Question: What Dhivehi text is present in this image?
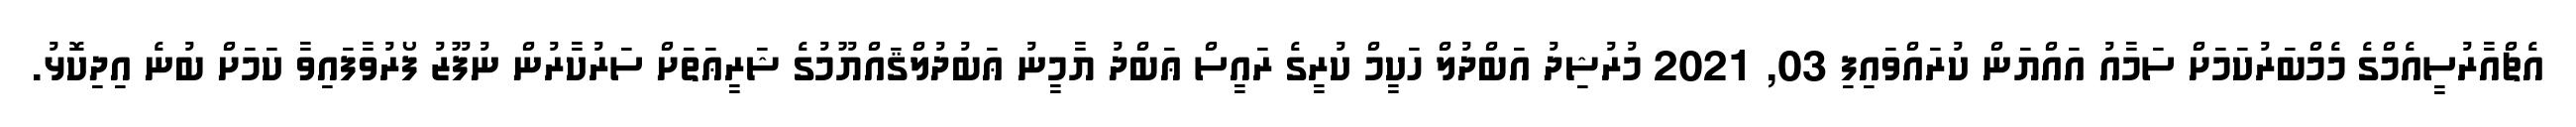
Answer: އެޗްއާރުސީއެމްގެ މެމްބަރުކަމަށް ސަމާއު އައްޔަން ކުރައްވައިފި 03, 2021 މުރުޝިދު އަބްދުލް ހަކީމް ކުރީގެ ރައީސް ޢަބްދު ޔާމީނު ޢަބުދުލްޤައްޔޫމުގެ ޝަރީޢަތަށް ސަރުކާރުން ނުފޫޒު ފޯރުވާފައިވާ ކަމަށް ބުނެ އިދިކޮޅު.